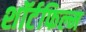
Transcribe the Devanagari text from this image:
शॉर्टफिल्म